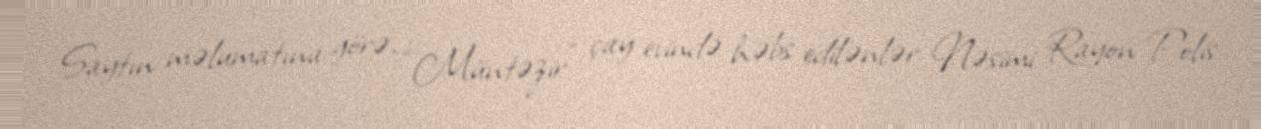
Saytın məlumatına görə, “Müntəzir” çay evində həbs edilənlər Nəsimi Rayon Polis